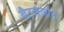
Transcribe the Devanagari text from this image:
बैटलजोन